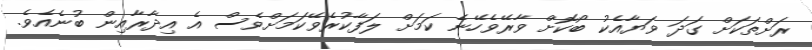
ރަށްތަކަށް ގަދަ ވަޔާއެކު ބޯކޮށް ވާރޭވެހޭނެ ކަމަށް ލަފާކުރެވޭކަމަށްވެސް އެ އިދާރާއިން ބުނެއެވެ.